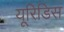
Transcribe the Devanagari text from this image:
यूरिडिस